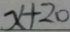
x + 2 0